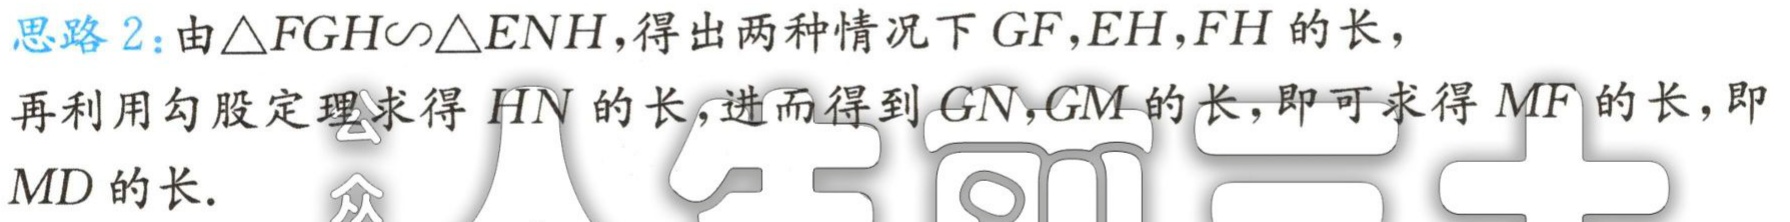
思路 2：由\(\triangle FGH\sim\triangle ENH\)，得出两种情况下 \(GF,EH,FH\) 的长，

再利用勾股定理求得 \(HN\) 的长，进而得到 \(GN,GM\) 的长，即可求得 \(MF\) 的长，即

\(MD\) 的长.